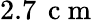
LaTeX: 2.7\, \mathrm{~c~m~}